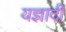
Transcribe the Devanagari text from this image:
यज्ञादी